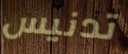
تدنيس